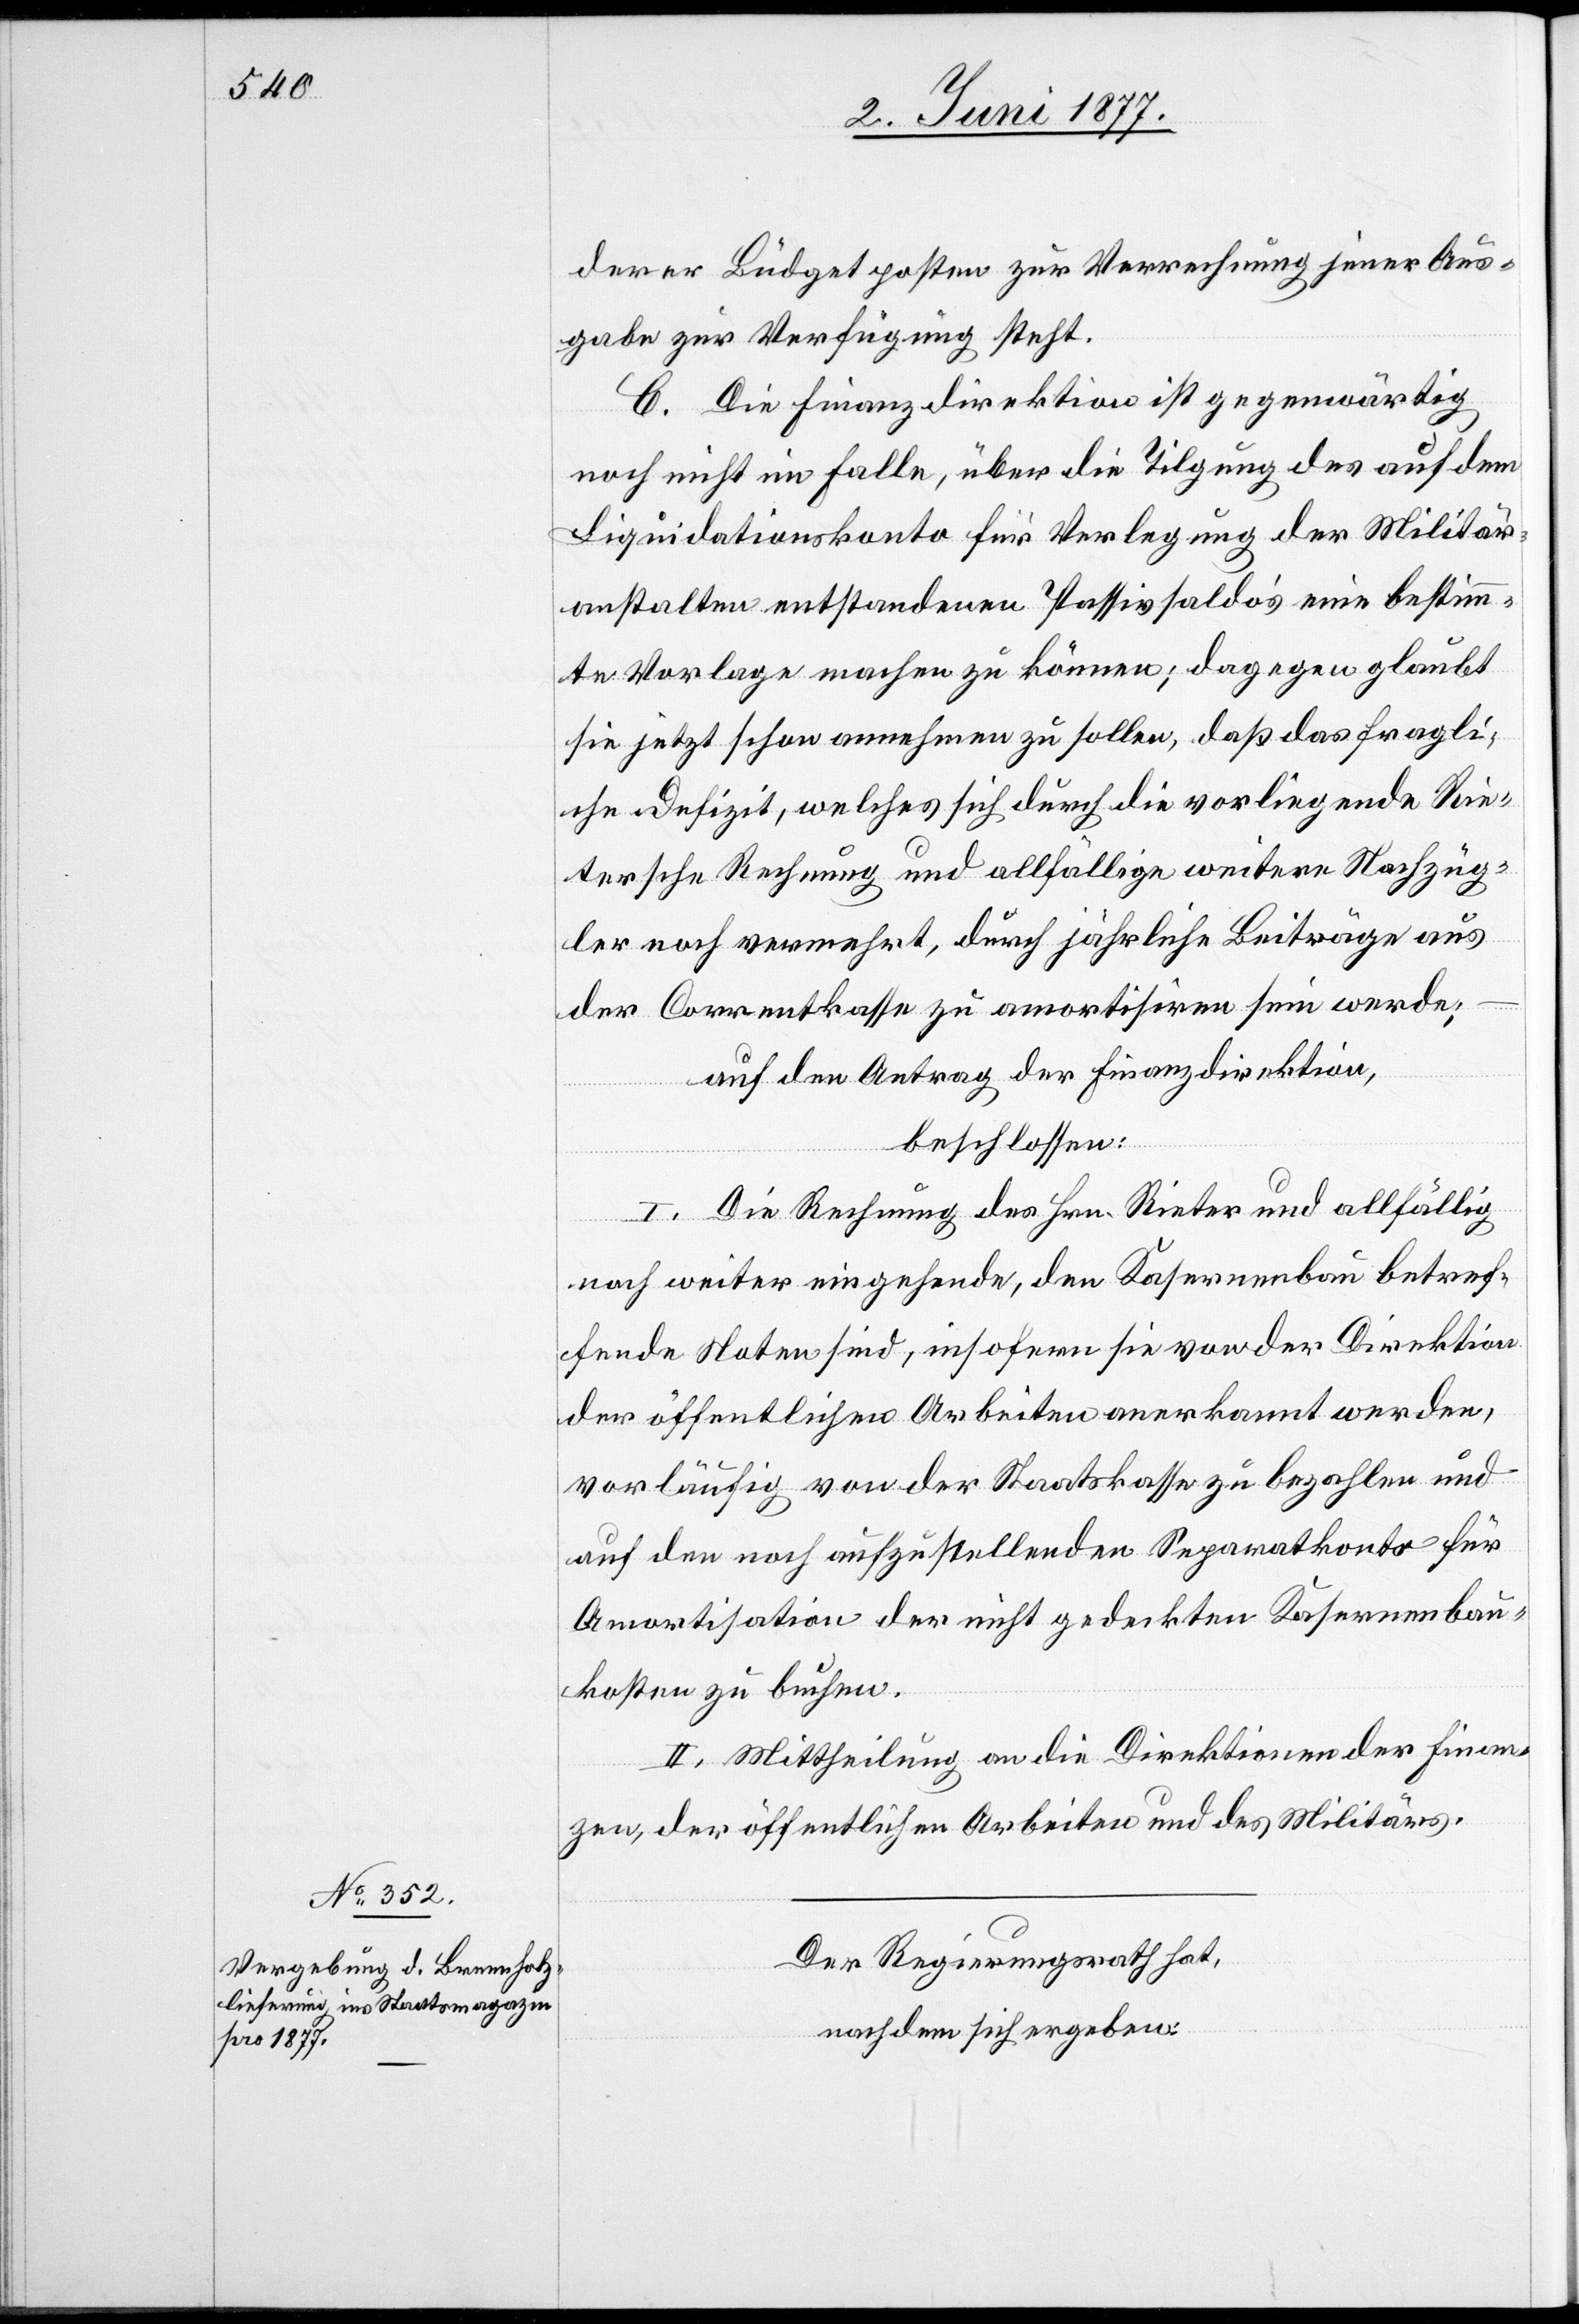
derer Büdgetposten zur Verrechnung jener Aus¬
gabe zur Verfügung steht.
C. Die Finanzdirektion ist gegenwärtig
noch nicht im Falle, über die Tilgung des auf dem
Liquidationskonto für Verlegung der Militär¬
anstalten entstandenen Passivsaldo’s eine bestimm¬
te Vorlage machen zu können; dagegen glaubt
sie jetzt schon annehmen zu sollen, daß das fragli¬
che Defizit, welches sich durch die vorliegende Rie¬
tersche Rechnung und allfällige weitere Nachzah¬
ler noch vermehrt, durch jährliche Beiträge aus
der Correntkasse zu amortisiren sein werde;
auf den Antrag der Finanzdirektion,
beschlossen:
I. Die Rechnung des Hrn. Rieter und allfällig
noch weiter eingehende, den Kasernenbau betref¬
fende Noten sind, insofern sie von der Direktion
der öffentlichen Arbeiten anerkannt werden,
vorläufig von der Staatskasse zu bezahlen und
auf den noch aufzustellenden Separatkonto für
Amortisation der nicht gedeckten Kasernenbau¬
kosten zu buchen.
II. Mittheilung an die Direktionen der Finan¬
zen, der öffentlichen Arbeiten und des Militärs.
Der Regierungsrath hat,
nachdem sich ergeben: